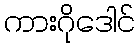
ကားဂိုဒေါင်